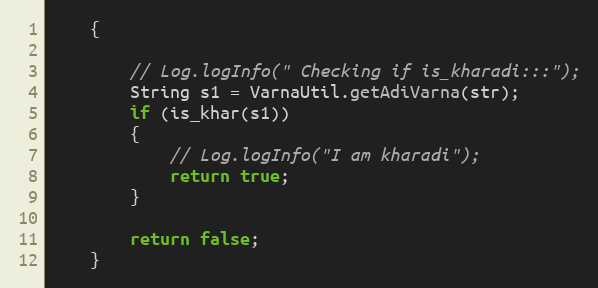
Language: Java
    {

        // Log.logInfo(" Checking if is_kharadi:::");
        String s1 = VarnaUtil.getAdiVarna(str);
        if (is_khar(s1))
        {
            // Log.logInfo("I am kharadi");
            return true;
        }

        return false;
    }